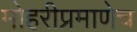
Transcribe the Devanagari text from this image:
मोहरीप्रमाणेच